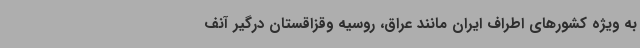
به ویژه کشورهای اطراف ایران مانند عراق، روسیه وقزاقستان درگیر آنف